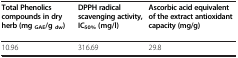
<table><thead><tr><td><b>Total Phenolics compounds in dry herb (mg <sub>GAE</sub>/g <sub>dw</sub>)</b></td><td><b>DPPH radical scavenging activity, IC<sub>50% </sub>(mg/l)</b></td><td><b>Ascorbic acid equivalent of the extract antioxidant capacity (mg/g)</b></td></tr></thead><tbody><tr><td>10.96</td><td>316.69</td><td>29.8</td></tr></tbody></table>